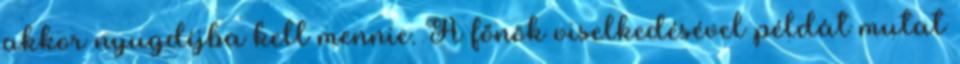
akkor nyugdíjba kell mennie. A főnök viselkedésével példát mutat